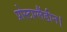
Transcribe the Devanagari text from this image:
प्रोस्टाग्लैंडीन।